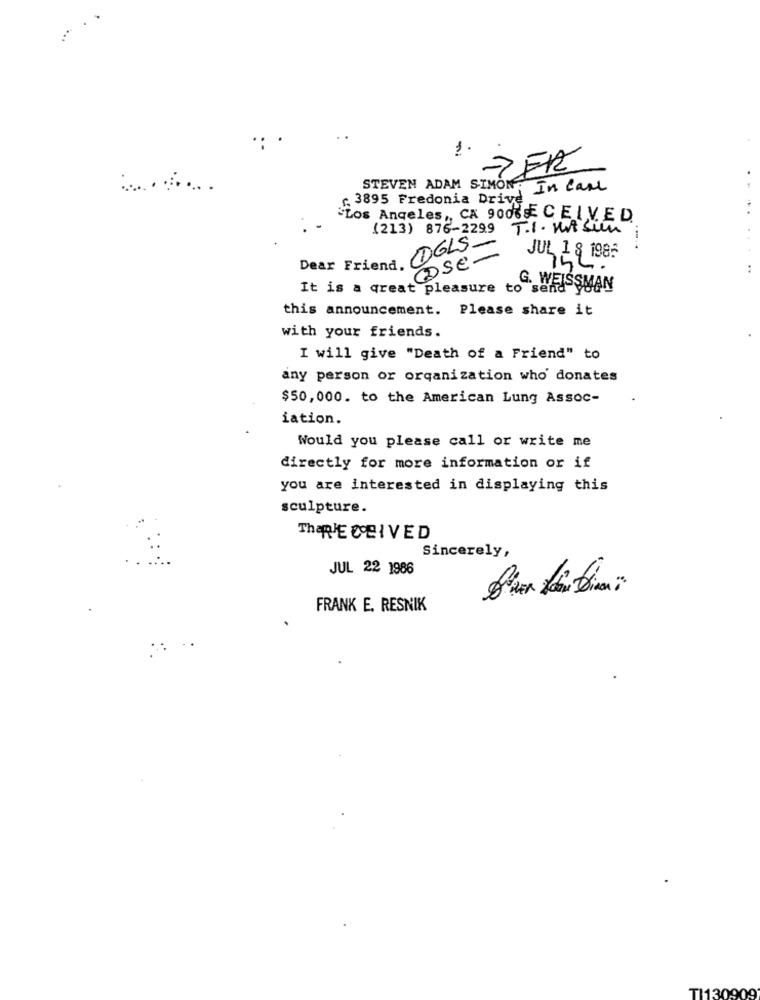
1.
..
STEVEN ADAM SIMON : In Case
r. 3895 Fredonia Drive
"Los Angeles ,, CA 90039 CEIVED
(213) 876-2299 T.I . Mitsun
.-
Dear Friend, OGLS
@SE-
758 1985
It is a great pleasure to send
G. WEISSMAN
this announcement. Please share it
with your friends.
I will give "Death of a Friend" to
any person or organization who' donates
$50,000. to the American Lung Assoc-
iation.
Would you please call or write me
directly for more information or if
you are interested in displaying this
sculpture.
ThaRE COBI VED
Sincerely,
JUL 22 1986
FRANK E. RESNIK
TI130909